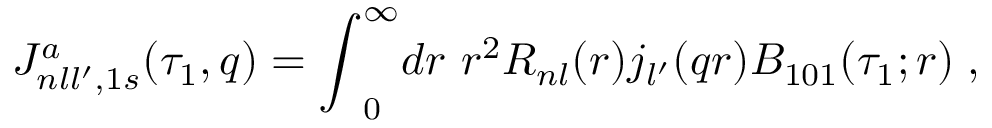
{ \cal J } _ { n l l ^ { \prime } , 1 s } ^ { a } ( \tau _ { 1 } , q ) = { \int } _ { 0 } ^ { \infty } d r \ r ^ { 2 } R _ { n l } ( r ) j _ { l ^ { \prime } } ( q r ) { \cal B } _ { 1 0 1 } ( \tau _ { 1 } ; r ) \; ,